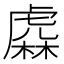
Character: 𧇥